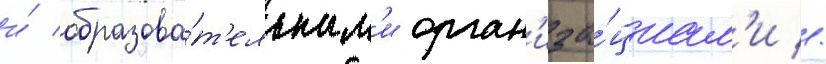
и́ образова́т'ельным'и орган'иза́циам'и //